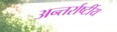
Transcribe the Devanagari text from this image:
अन्तर्राष्टींय